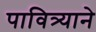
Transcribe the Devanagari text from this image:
पावित्र्याने